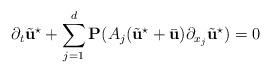
LaTeX: \begin{align*}\partial_{t}\tilde{\textbf{u}}^{\star}+\sum_{j=1}^{d}\textbf{P}(A_{j}(\tilde{\textbf{u}}^{\star}+\bar{\textbf{u}})\partial_{x_{j}}\tilde{\textbf{u}}^{\star})=0\end{align*}